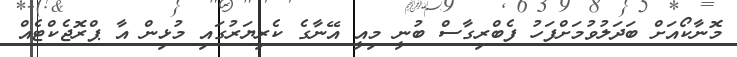
މޮނާކޯއަށް ބަދަލުވުމަށްފަހު ފެބްރިގާސް ބުނީ މިއީ އޭނާގެ ކެރިޔަރުގައި މުޅިން އާ ޕްރޮޖެކްޓެއް